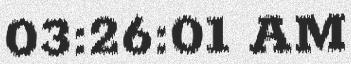
03:26:01 AM